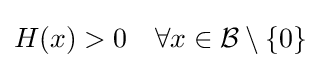
H(x)>0\quad \forall x\in {\mathcal {B}}\setminus \{0\}